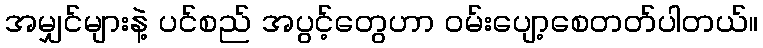
အမျှင်များနဲ့ ပင်စည် အပွင့်တွေဟာ ဝမ်းပျော့စေတတ်ပါတယ်။